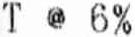
T @ 6%